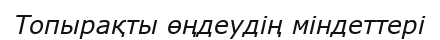
Топырақты өңдеудің міндеттері